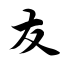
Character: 友